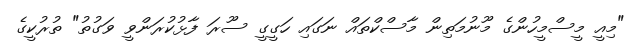
"މިއީ މީސްމީހުންގެ މޫނުމަތިން މާސްކްތައް ނަގައި ހަގީގީ ސޫރަ ފާޅުކުރަންވީ ވަގުތު" ތުރުކީގެ